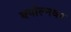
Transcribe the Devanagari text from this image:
क्योल्नवर